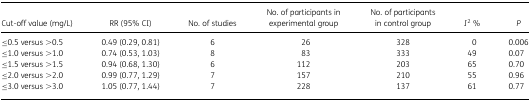
<table><thead><tr><td><b>Cut-off value (mg/L)</b></td><td><b>RR (95% CI)</b></td><td><b>No. of studies</b></td><td><b>No. of participants in experimental group</b></td><td><b>No. of participants in control group</b></td><td><b><i>I</i><sup>2</sup> %</b></td><td><b><i>P</i></b></td></tr></thead><tbody><tr><td>≤0.5 versus &gt;0.5</td><td>0.49 (0.29, 0.81)</td><td>6</td><td>26</td><td>328</td><td>0</td><td>0.006</td></tr><tr><td>≤1.0 versus &gt;1.0</td><td>0.74 (0.53, 1.03)</td><td>8</td><td>83</td><td>333</td><td>49</td><td>0.07</td></tr><tr><td>≤1.5 versus &gt;1.5</td><td>0.94 (0.68, 1.30)</td><td>6</td><td>112</td><td>203</td><td>65</td><td>0.70</td></tr><tr><td>≤2.0 versus &gt;2.0</td><td>0.99 (0.77, 1.29)</td><td>7</td><td>157</td><td>210</td><td>55</td><td>0.96</td></tr><tr><td>≤3.0 versus &gt;3.0</td><td>1.05 (0.77, 1.44)</td><td>7</td><td>228</td><td>137</td><td>61</td><td>0.77</td></tr></tbody></table>